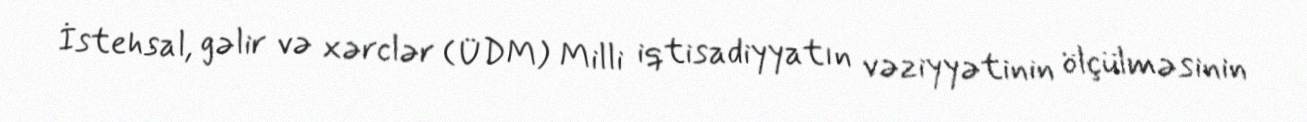
İstehsal, gəlir və xərclər (ÜDM) Milli iqtisadiyyatın vəziyyətinin ölçülməsinin